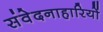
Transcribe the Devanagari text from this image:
संवेदनाहारियों